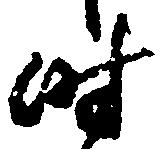
時